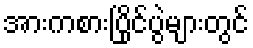
အားကစားပြိုင်ပွဲများတွင်